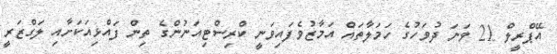
އޭޕްރީލް 21 ވަނަ ދުވަހުގެ ހަމަލާތައް އަމާޒުވެފައިވަނީ ކްރިސްޓިއަނުންގެ ތިން ފައްޅިއަކަށާއި ލަގްޒަރީ